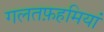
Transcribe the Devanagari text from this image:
गलतफ़हमियां